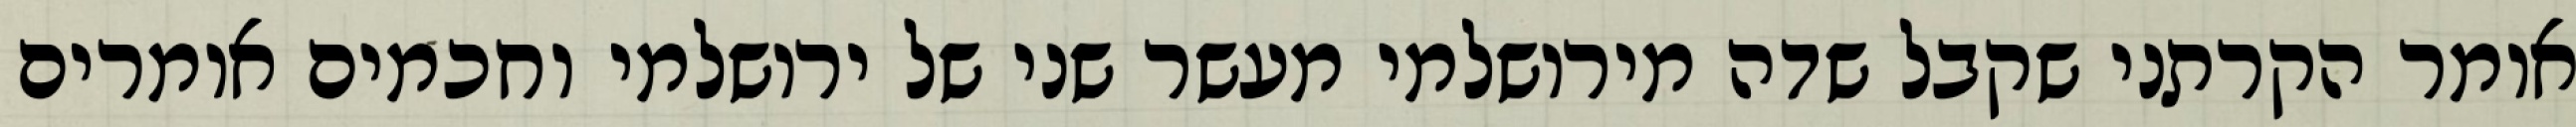
אומר הקרתני שקבל שדה מירושלמי מעשר שני של ירושלמי וחכמים אומרים